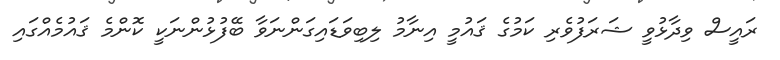
ރައީސް ވިދާޅުވީ ޝަރަފުވެރި ކަމުގެ ޤައުމީ އިނާމު ލިބިވަޑައިގަންނަވާ ބޭފުޅުންނަކީ ކޮންމެ ޤައުމެއްގައި